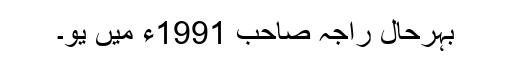
بہرحال راجہ صاحب 1991ء میں یو۔